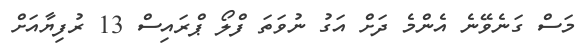
މަސް ގަނެވޭނެ އެންމެ ދަށް އަގު ނުވަތަ ފްލޯ ޕްރައިސް 13 ރުފިޔާއަށް